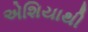
એશિયાથી